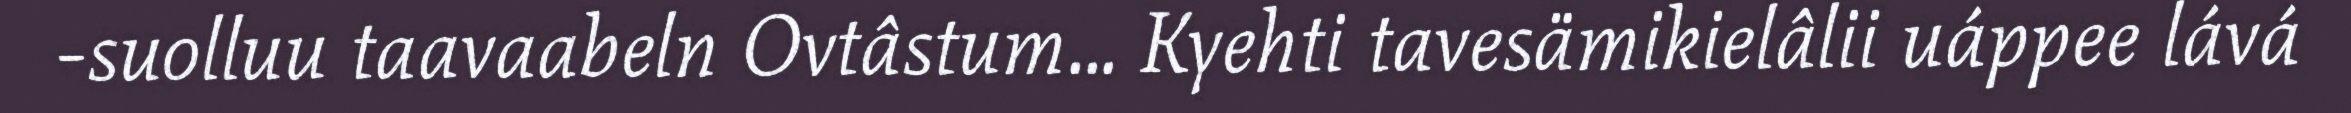
-suolluu taavaabeln Ovtâstum... Kyehti tavesämikielâlii uáppee lává